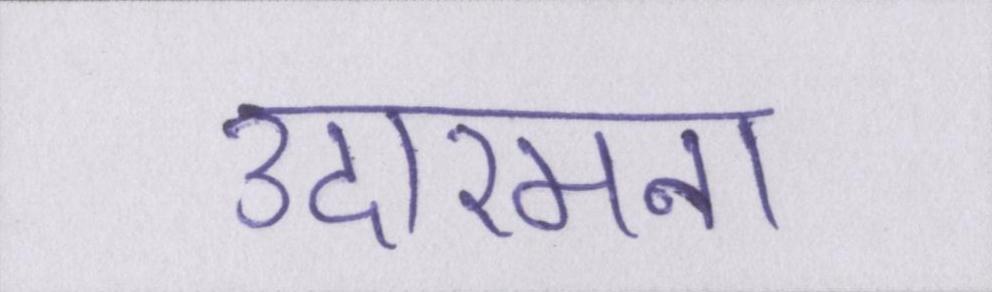
उदारमना